Madras plague regulations and rules for the city of Madras
Disease focus: Plague
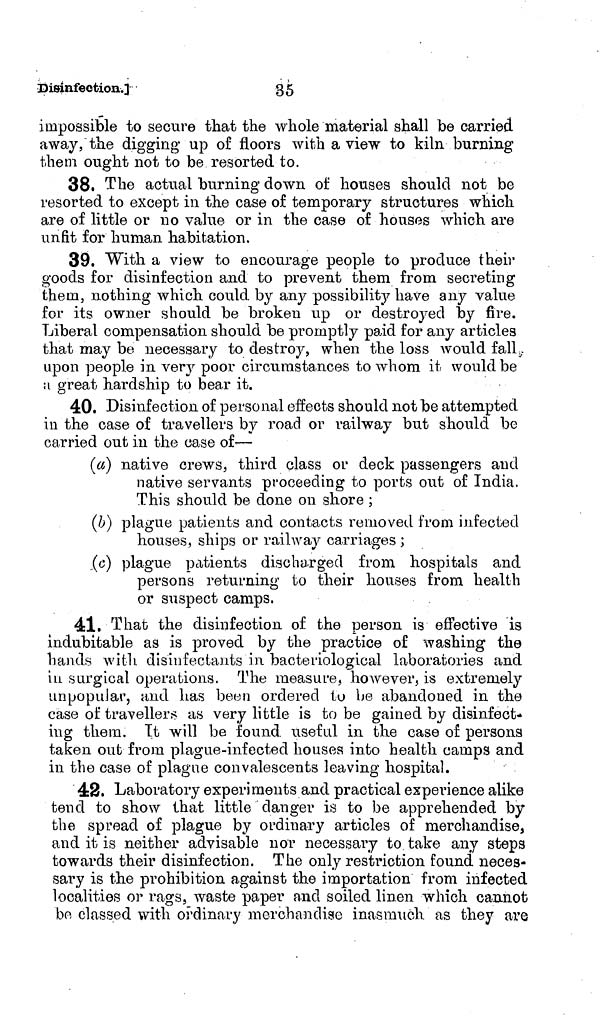
Disinfection.]
35
impossible to secure that the whole material shall be carried
away, the digging up of floors with a view to kiln burning
them ought not to be resorted to.
38t The actual burning down of houses should not be
resorted to except in the case of temporary structures which
are of little or no value or in the case of houses which are
unfit for human habitation.
39. With a view to encourage people to produce their
goods for disinfection and to prevent them from secreting
them, nothing which could by any possibility have any value
for its owner should be broken up or destroyed by fire.
Liberal compensation should be promptly paid for any articles
that may be necessary to destroy, when the loss would fall,
upon people in very poor circumstances to whom it would be
great hardship to bear it.
40. Disinfection of personal effects should not be attempted
in the case of travellers by road or railway but should be
carried out in the case of—
(a) native crews, third class or deck passengers and
native servants proceeding to ports out of India.
This should be done on shore ;
(b) plague patients and contacts removed from infected
houses, ships or railway carriages ;
,(c) plague patients discharged from hospitals and
persons returning to their houses from health
or suspect camps,
41. That the disinfection of the person is effective is
indubitable as is proved by the practice of washing the
hands with disinfectants in bacteriological laboratories and
in surgical operations. The measure, however, is extremely
impopular, and has been ordered to be abandoned in the
case of travellers as very little is to be gained by disinfect-
ing them. Tt will be found, useful in the case of persons
taken out from plague-infected houses into health camps and
in the case of plague convalescents leaving hospital.
42. Laboratory experiments and practical experience alike
tend to show that little danger is to be apprehended by
the spread of plague by ordinary articles of merchandise,
and it is neither advisable nor necessary to. take any steps
towards their disinfection. The only restriction found neces-
sary is the prohibition against the importation from infected
localities or rags, waste paper and soiled linen which cannot
bo classed with ordinary merchandise inasmuch as they are